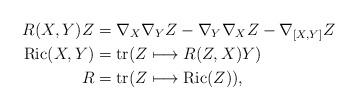
LaTeX: \begin{align*}R(X,Y)Z&=\nabla_X\nabla_YZ-\nabla_Y\nabla_XZ-\nabla_{[X,Y]}Z\\\mathrm{Ric}(X,Y)&=\mathrm{tr}(Z\longmapsto R(Z,X)Y)\\R&=\mathrm{tr}(Z\longmapsto \mathrm{Ric}(Z)),\end{align*}